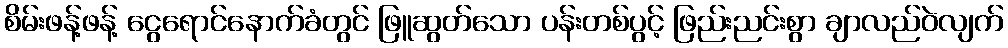
စိမ်းဖန့်ဖန့် ငွေရောင်နောက်ခံတွင် ဖြူဆွတ်သော ပန်းတစ်ပွင့် ဖြည်းညင်းစွာ ချာလည်ဝဲလျက်